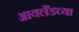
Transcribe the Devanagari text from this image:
आयलँडच्या